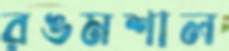
রঙমশাল